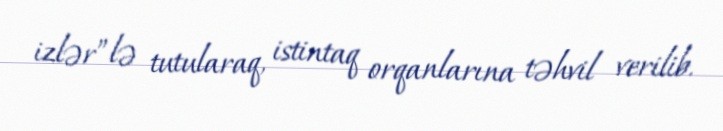
izlər”lə tutularaq, istintaq orqanlarına təhvil verilib.